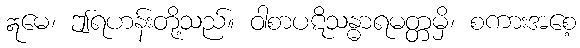
ဣမေ၊ ဤရဟန်းတို့သည်။ ဝါစာပဋိသန္ဓာရမတ္တမှိ၊ စကားအစေ့